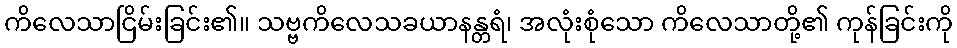
ကိလေသာငြိမ်းခြင်း၏။ သဗ္ဗကိလေသခယာနန္တရံ၊ အလုံးစုံသော ကိလေသာတို့၏ ကုန်ခြင်းကို